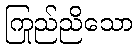
ကြည်ညိုသော